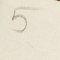
5